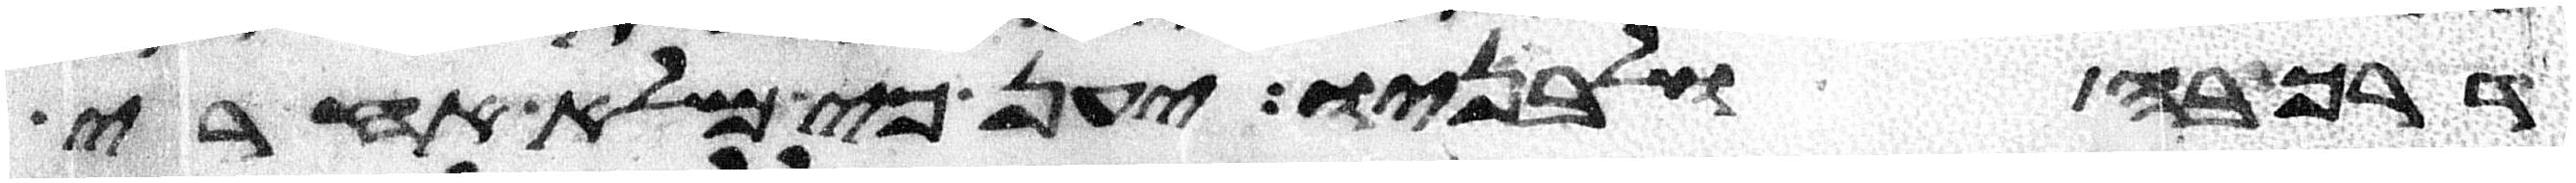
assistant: דרך בה ולבניו יען כי מלא אחרי